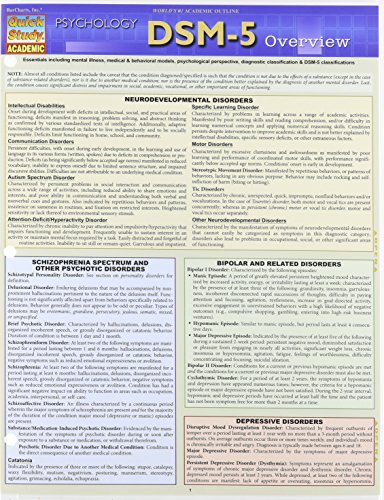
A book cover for Dsm-5 Overview (Quick Study Academic); Inc. BarCharts; Medical Books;